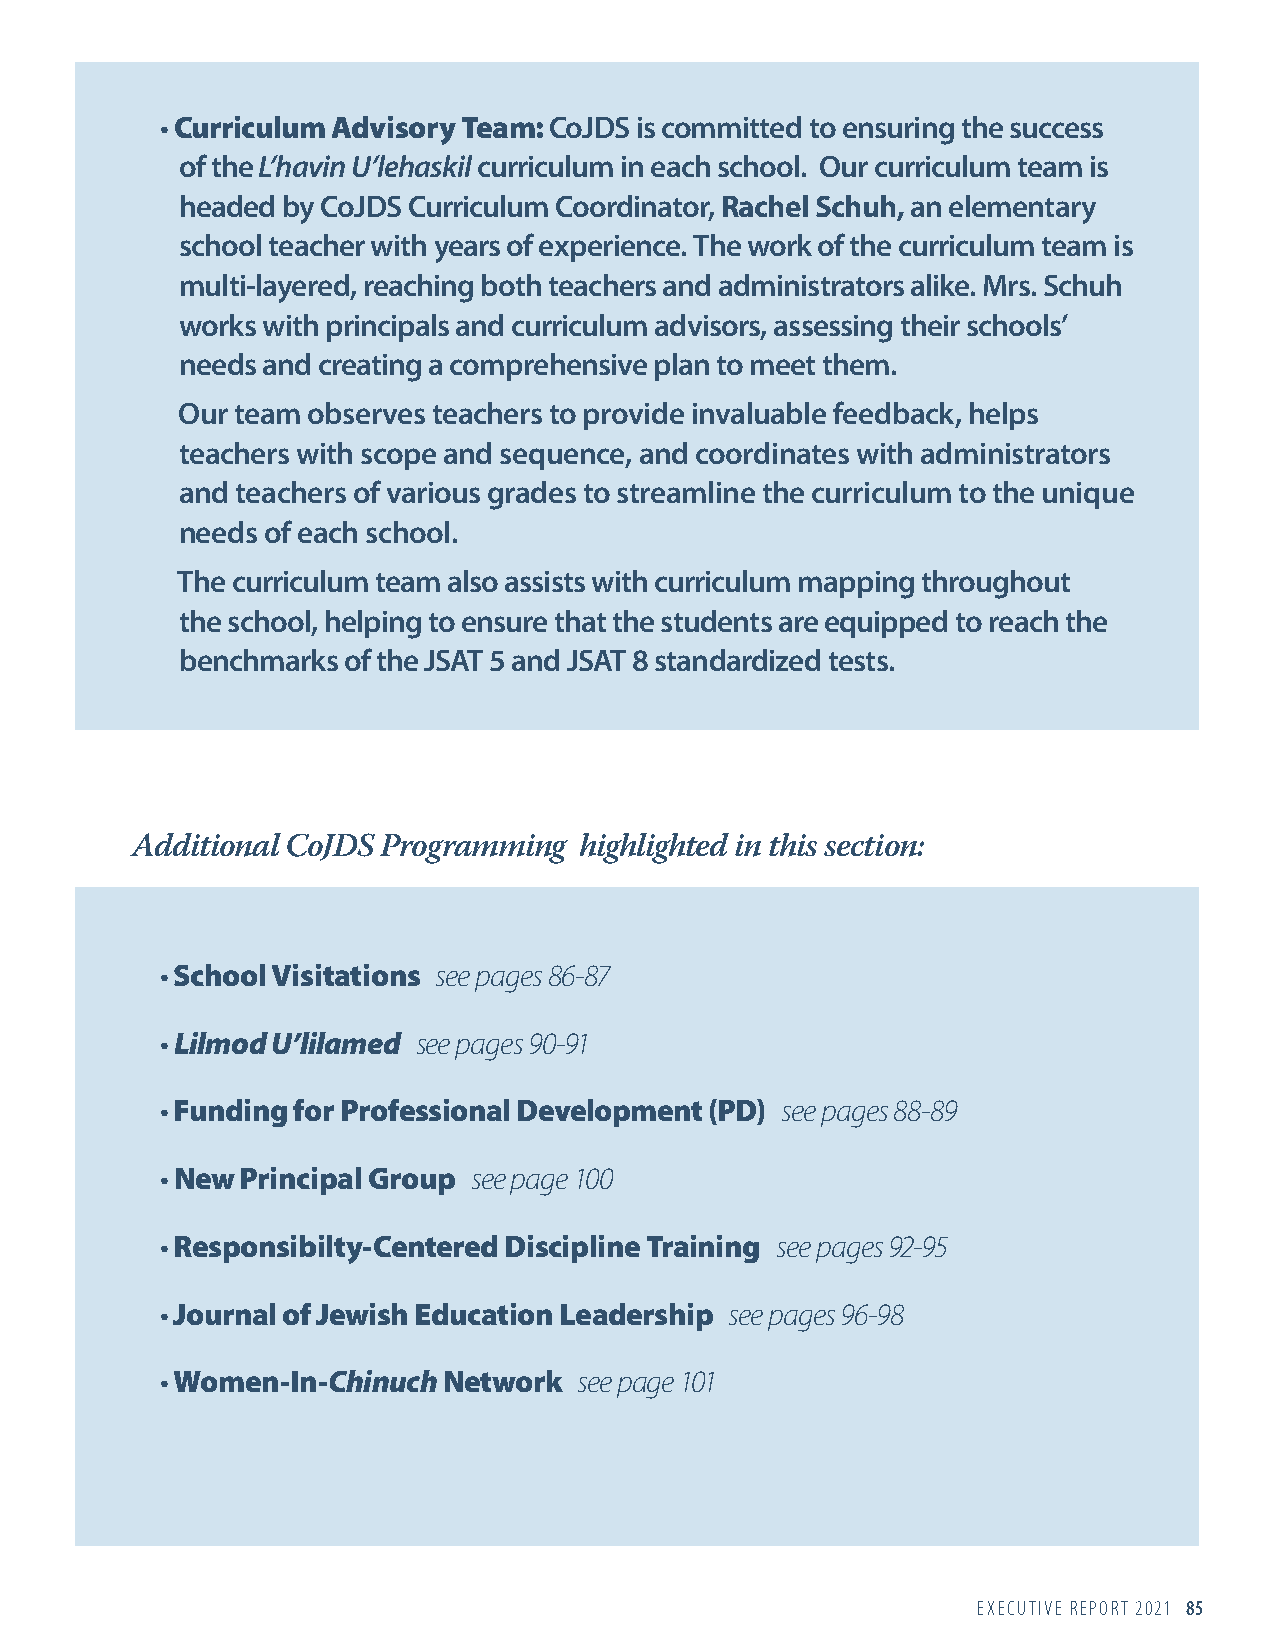
· Curriculum Advisory Team: CoJDS is committed to ensuring the success
 of the L’havin U’lehaskil curriculum in each school. Our curriculum team is
 headed by CoJDS Curriculum Coordinator, Rachel Schuh, an elementary
 school teacher with years of experience. The work of the curriculum team is
 multi-layered, reaching both teachers and administrators alike. Mrs. Schuh
 works with principals and curriculum advisors, assessing their schools’
 needs and creating a comprehensive plan to meet them.
 Our team observes teachers to provide invaluable feedback, helps
 teachers with scope and sequence, and coordinates with administrators
 and teachers of various grades to streamline the curriculum to the unique
 needs of each school.
 The curriculum team also assists with curriculum mapping throughout
 the school, helping to ensure that the students are equipped to reach the
 benchmarks of the JSAT 5 and JSAT 8 standardized tests.
 Additional CoJDS Programming highlighted in this section:
 · School Visitations see pages 86-87
 · Lilmod U’lilamed see pages 90-91
 · Funding for Professional Development (PD) see pages 88-89
 · New Principal Group see page 100
 · Responsibilty-Centered Discipline Training see pages 92-95
 · Journal of Jewish Education Leadership see pages 96-98
 · Women-In-Chinuch Network see page 101
 EXECUTIVE REPORT 2021 85